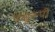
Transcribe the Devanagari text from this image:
पशुरूपी